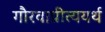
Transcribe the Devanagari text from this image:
गौरवाप्रीत्ययर्थ